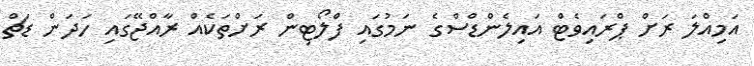
އަމިއްލަ ރަށް ޕްރައިވެޓް އައިލެންޑްސްގެ ނަމުގައި ފްލޯޓިން ރަށްތަކެއް ރާއްޖޭގައި ހަދަން ޑަޗް